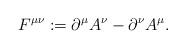
LaTeX: \begin{align*}F^{\mu\nu}:=\partial^{\mu}A^{\nu}-\partial^{\nu}A^{\mu}.\end{align*}